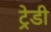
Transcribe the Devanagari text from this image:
ट्रेडी